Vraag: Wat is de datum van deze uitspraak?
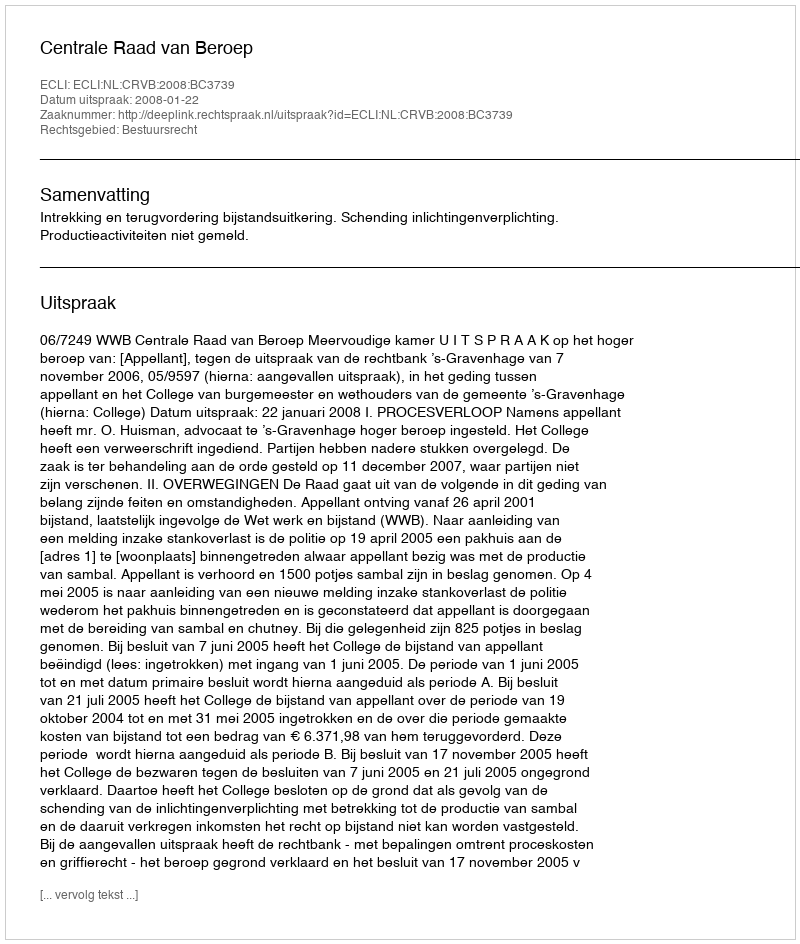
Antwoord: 2008-01-22